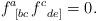
LaTeX: \begin{align*}f_{\;\;\left[ bc\right. }^{a}f_{\;\;\left. de\right] }^{c}=0. \end{align*}